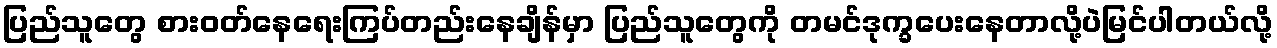
ပြည်သူတွေ စားဝတ်နေရေးကြပ်တည်းနေချိန်မှာ ပြည်သူတွေကို တမင်ဒုက္ခပေးနေတာလို့ပဲမြင်ပါတယ်လို့